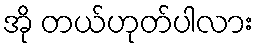
အို တယ်ဟုတ်ပါလား